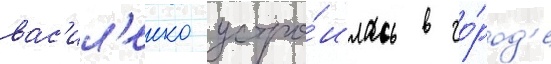
вас'ил'енко устро́илась в го́род'е